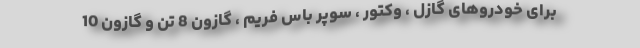
برای خودروهای گازل ، وکتور ، سوپر باس فریم ، گازون 8 تن و گازون 10